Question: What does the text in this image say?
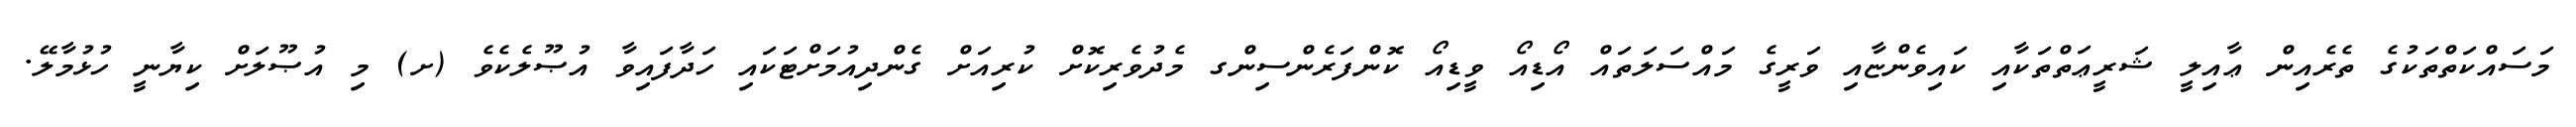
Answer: މަސައްކަތްތަކުގެ ތެރެއިން ޢާއިލީ ޝަރީޢަތްތަކާއި ކައިވެންޏާއި ވަރީގެ މައްސަލަތައް އޯޑިއޯ ވީޑިއޯ ކޮންފަރެންސިންގ މެދުވެރިކޮށް ކުރިއަށް ގެންދިއުމަށްޓަކައި ހަދާފައިވާ އުޞޫލެކެވެ (ށ) މި އުޞޫލަށް ކިޔާނީ ހުޅުމާލޭ.